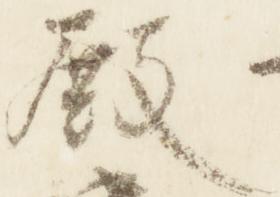
殿